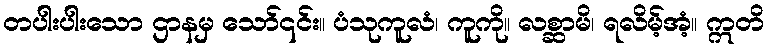
တပါးပါးသော ဌာနမှ သော်၎င်း။ ပံသုကူလံ၊ ကူကို။ လစ္ဆာမိ၊ ရလိမ့်အံ့။ ဣတိ